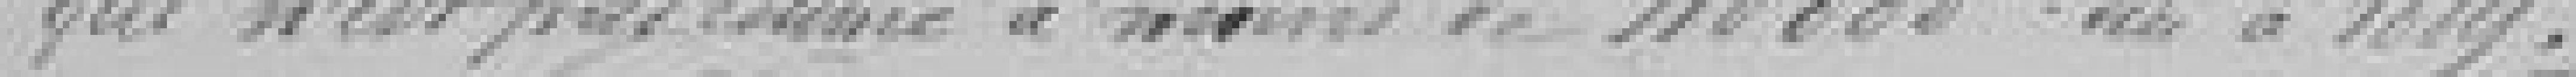
qui n'est pas estimé à moins de 110.000 francs à 1889